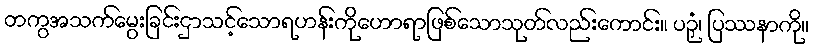
တကွအသက်မွေးခြင်းငှာသင့်သောရဟန်းကိုဟောရာဖြစ်သောသုတ်လည်းကောင်း။ ပဉှံ၊ ပြဿနာကို။